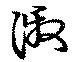
激